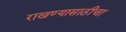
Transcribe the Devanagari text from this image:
राखण्यासाठीचा